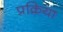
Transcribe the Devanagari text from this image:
प्रक्रिया